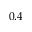
0 . 4